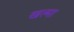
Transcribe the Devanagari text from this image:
खत्मा